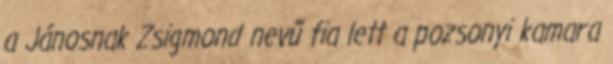
a Jánosnak Zsigmond nevű fia lett a pozsonyi kamara